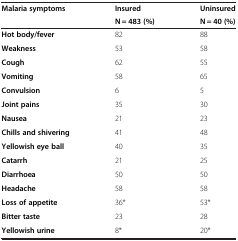
<table><thead><tr><td rowspan="2"><b>Malaria symptoms</b></td><td><b>Insured</b></td><td><b>Uninsured</b></td></tr><tr><td><b>N = 483 (%)</b></td><td><b>N = 40 (%)</b></td></tr></thead><tbody><tr><td><b>Hot body/fever</b></td><td>82</td><td>88</td></tr><tr><td><b>Weakness</b></td><td>53</td><td>58</td></tr><tr><td><b>Cough</b></td><td>62</td><td>55</td></tr><tr><td><b>Vomiting</b></td><td>58</td><td>65</td></tr><tr><td><b>Convulsion</b></td><td>6</td><td>5</td></tr><tr><td><b>Joint pains</b></td><td>35</td><td>30</td></tr><tr><td><b>Nausea</b></td><td>21</td><td>23</td></tr><tr><td><b>Chills and shivering</b></td><td>41</td><td>48</td></tr><tr><td><b>Yellowish eye ball</b></td><td>40</td><td>35</td></tr><tr><td><b>Catarrh</b></td><td>21</td><td>25</td></tr><tr><td><b>Diarrhoea</b></td><td>50</td><td>50</td></tr><tr><td><b>Headache</b></td><td>58</td><td>58</td></tr><tr><td><b>Loss of appetite</b></td><td>36*</td><td>53*</td></tr><tr><td><b>Bitter taste</b></td><td>23</td><td>28</td></tr><tr><td><b>Yellowish urine</b></td><td>8*</td><td>20*</td></tr></tbody></table>